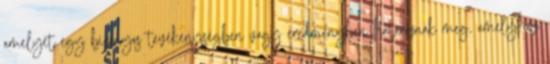
amelyet egy bizonyos tevékenységben vagy eredményben határoznak meg, amelyhez